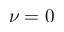
\nu = 0